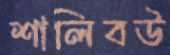
শালিবউ